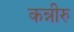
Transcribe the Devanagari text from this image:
कन्नीरु